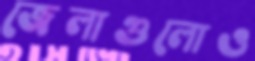
জেলাগুলোও